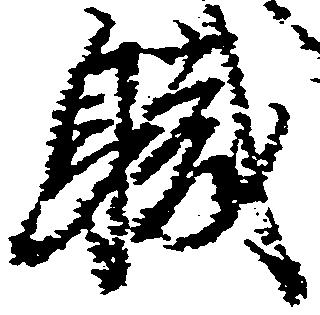
職